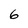
Character: 6